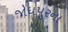
જોધપૂરના